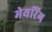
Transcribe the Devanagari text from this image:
मेयरिंग